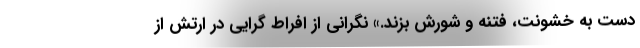
دست به خشونت، فتنه و شورش بزند.» نگرانی از افراط گرایی در ارتش از